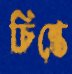
চিন্তে